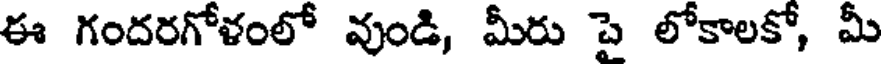
ఈ గందరగోళంలో వుండి, మీరు పై లోకాలకో, మీ